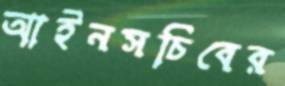
আইনসচিবের